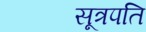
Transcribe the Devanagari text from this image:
सूत्रपति